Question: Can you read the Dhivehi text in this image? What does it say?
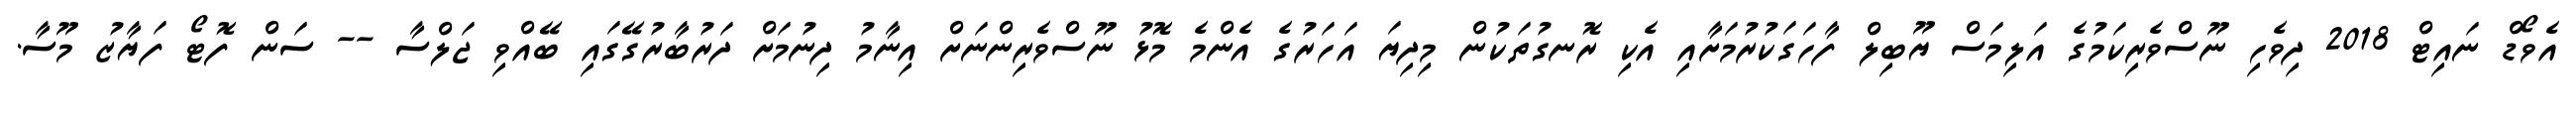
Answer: އެވޯޑް ނައިޓް 2018 ދިވެހި ނޫސްވެރިކަމުގެ އަލިމަސް ޔޫބިލް ފާހަގަކުރުމަށާއި އެކި ރޮނގުތަކުން މިދިޔަ އަހަރުގެ އެންމެ މޮޅު ނޫސްވެރިންނަށް އިނާމު ދިނުމަށް ދަރުބާރުގޭގައި ބޭއްވި ޖަލްސާ -- ސަން ފޮޓޯ ފަޔާޒު މޫސާ.